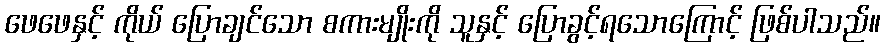
ဖေဖေနှင့် ကိုယ် ပြောချင်သော စကားမျိုးကို သူနှင့် ပြောခွင့်ရသောကြောင့် ဖြစ်ပါသည်။